Vital statistics of India. Vol. VI, European troops 1870-79
Year: 1870
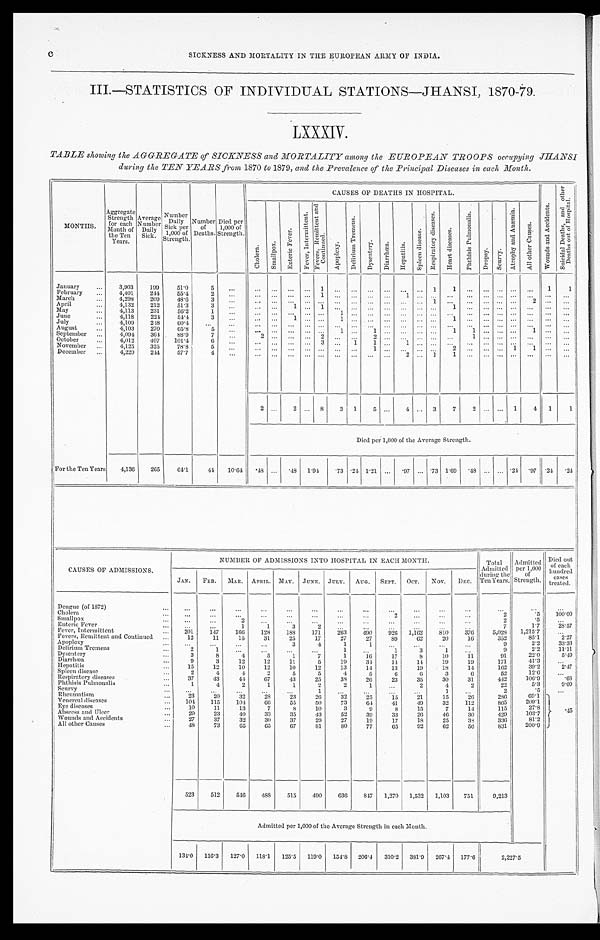
c
SICKNESS AND MORTALITY IN THE EUROPEAN ARMY OF INDIA.
III.—STATISTICS OF INDIVIDUAL STATIONS—JHANSI, 1870-79.
LXXXIV.
TABLE showing the AGGREGATE of SICKNESS and MORTALITY among the EUROPEAN TROOPS occupying JHANSI
during the TEN YEARS from 1870 to 1879, and the Prevalence of the Principal Diseases in each Month.
MONTHS. Aggregate Strength for each
Month of
the Ten
Years. Average Number Daily Sick. N u m b e r
D a i l y
S i c k p e r1
, 0 0 0 o fS
t r e n g t h .
Number of Deaths. Died per
1,000 of
Strength.
CAUSES OF DEATHS IN HOSPITAL.
W o u n d s a n d A c c i d e n t s .
S u i c i d a l D e a t h s , a n d o t h e r
D e a t h s o u t o f H o s p i t a l .
C h o l e r a .
S m a l l p o x .
E n t e r i c F e v e r .
F e v e r , I n t e r m i t t e n t . F e v e r s , R e m i t t e n t a n d
C o n t i n u e d .
A p o p l e x y .
D e l i r i u m T r e m e n s .
D y s e n t e r y . D i a r r h œ a . H e p a t i t i s .
S p l e e n d i s e a s e .
R e s p i r a t o r y d i s e a s e s .
H e a r t d i s e a s e s .
P h t h i s i s P u l m o n a l i s .
D r o p s y .
S c u r v y .
A t r o p h y a n d A n æ m i a .
A l l o t h e r c a u s e s .
January
3,903 199 51.0
5
1
1 1
1 1
February
4,401 244 55.4
2
1
1
March
4,298 209 48.6
3
1
2
April
4,132 212 51.3
3
1
1
1
May
4,113 231 56.2
1
1
June
4,118 224 54.4 3
1
1
1
July
4,109 248 60.4
August
4,103 270 65.8
5
1
1
1 1
1
September
4,094 34 88.9
7
2
2
2
1
October
4,012 407 101.4
6
3
1 1
1
November
4,125 325 78.8
5
1
2
1
1
December
4,229 244 57.7
4
2
1 1
2
2
8 3 1 5
4 3 7 2
1 4 1 1
Died per 1,000 of the Average Strength.
For the Ten Years 4,136 265 64.1 44 10.64
. 4 8
. 4 8 1.94
. 7 3 .24 1. 21
. 9 7 .73 1.69 .48
.24 .97 .24 . 24
CAUSES OF ADMISSIONS.
NUMBER OF ADMISSIONS INTO HOSPITAL IN EACH MONTH.
Total
Admitted
during the
Ten Years.
Admitted per 1,000
of
S t r e n g t h .
Died out
of each
hundred
cases
treated.
JAN. FEB. MAR. APRIL. MAY. JUNE. JULY. AUG. SEPT. OCT. NOV. DEC.
Dengue (of 1872)
Cholera
2
2
. 5 100. 00
Smallpox
2
2
.5
Enteric Fever
1
1
3
2
7
1.7 28. 57
Fever, Intermittent 201 147 166 128 188 171 2 63 490 926 1,162
8 1 0 376 5, 028 1,215.7
Fevers, Remittent and Continued
12 11 15 31 25 17
2 7 27 89 62 20 16
352
85.1
2. 27
Apoplexy
3 4
1
1
9
2.2 33. 33
Delirium Tremens
2
1
1
1
3
1
9
2.2
Dysentery
3
8
4
5
1
7
1 16 17
8 10 11
91
22.0
5. 49
Diarrhœa
9
3 12 12 11
5 19
3 4
1 4
1 4 19 19
171
41.3
Hepatitis
15 12 10 19 10 12 13 14 13 19 18 14
162
39.2
2. 47
Spleen disease
2 4
4
2
5
5
4
5
6
6 3
6
52
1 2 . 6
Respiratory diseases
37 43 44 67 43 25 38 26 23 35 30 31
442
106.9
. 6 8
Phthisis Pulmonalis
1
4
2
1
1
2
2
1
2
4
2
22
5.3
9. 09
Scurvy
1
2
.5
Rheumatism
23 20 32 28 23 26 32 25 15 21 15 26
286
69.1
. 45
Venereal diseases
104 115 104 66 55 50 73 64 41
4 9 32 112
865 209.1
Eye diseases
10 11 13
7
8 10
3
9
8 15
7 14
115
27.8
Abscess and Ulcer
29 23 40 33 35 43 52 39 33 26 46 30
429 103.7
Wounds and Accidents
27 37 32 30 37 29 27 19 17 18 25 38
336 81.2
All other Causes
4 8
73 65 65 67 81 80 77 65 92 62 56
831 200.9
523 512 546 488 515 490 636 847 1,270 1,532 1,103 751 9,213
Admitted per 1,000 of the Average Strength in each Month.
134.0 116.3 127.0 118.1 125.5 119.0 154.8 206.4 310.2 381.9 267.1 177.6
2 , 2 2 7 . 5